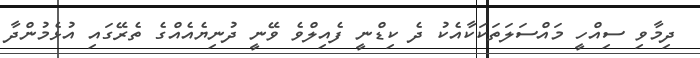
ދިމާވި ސިއްހީ މައްސަލަތަކަކާއެކު ދެ ކިޑްނީ ފެއިލްވެ ވޭނީ ދުނިޔެއެއްގެ ތެރޭގައި އުޅެމުންދާ